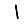
Digit: 1